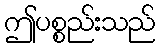
ဤပစ္စည်းသည်